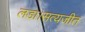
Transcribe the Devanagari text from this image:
लडा।सत्यजीत